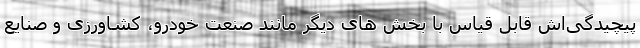
پیچیدگی‌اش قابل قیاس با بخش های دیگر مانند صنعت خودرو، کشاورزی و صنایع